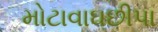
મોટાવાઘછીપા